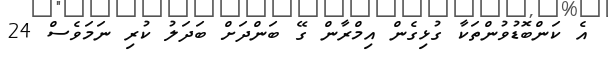
އެ ކަންބޮޑުވުންތަކާ ގުޅިގެން އިމްރާން ގޭ ބަންދަށް ބަދަލު ކުރި ނަމަވެސް 24